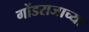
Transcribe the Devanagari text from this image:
गोंडराजाच्या